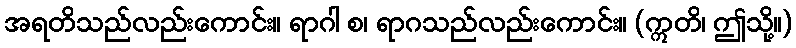
အရတိသည်လည်းကောင်း။ ရာဂါ စ၊ ရာဂသည်လည်းကောင်း။ (ဣတိ၊ ဤသို့။)